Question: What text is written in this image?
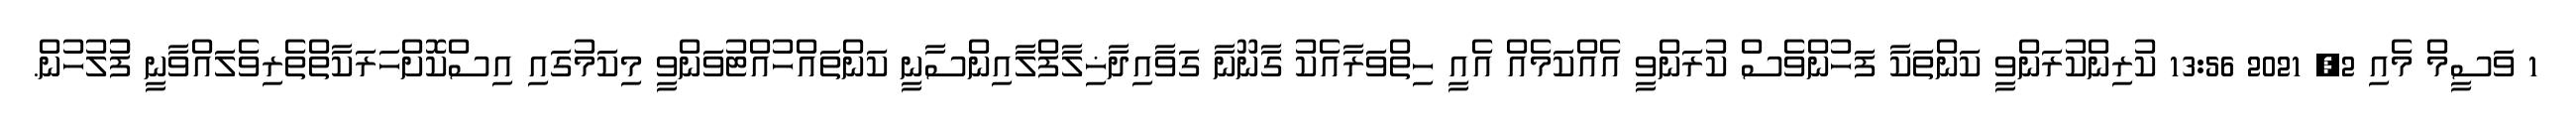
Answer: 1 ވަސީމް މެއި 2, 2021 13:56 ކުރިންކުރަންވީ ކަންތަކާ ފަހުންވެސް ކުރަންވީ އެއްކަމެއް އެއީ ހިތްވަރާއެކު ގާނޫނާ ގަވާއިދާޚިލާފްލާއިންސާނީ ކަންތައްހުއްޓުވަންވީ މިކަމުގައި އިސްކޮށްހަރަކާތްތެރިވެލައްވާނީ ފުުލުހުން.